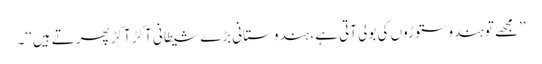
’’مجھے تو ہندو ستوڑوں کی بولی آتی ہے، ہندوستانی بڑے شیطانی آکڑ آکڑ پھرتے ہیں‘‘۔